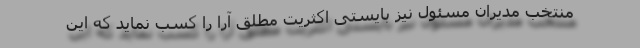
منتخب مدیران مسئول نیز بایستی اکثریت مطلق آرا را کسب نماید که این